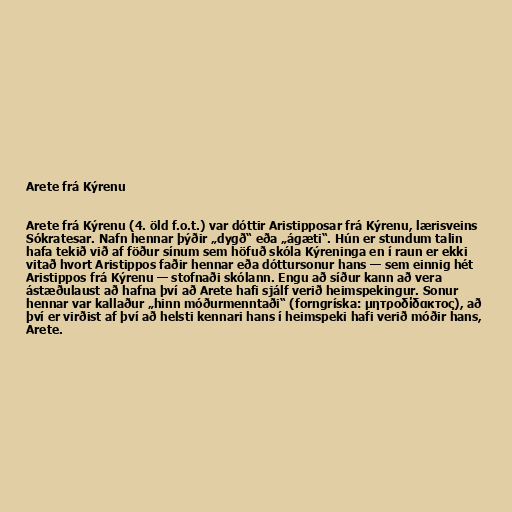
Arete frá Kýrenu

Arete frá Kýrenu (4. öld f.o.t.) var dóttir Aristipposar frá Kýrenu, lærisveins
Sókratesar. Nafn hennar þýðir „dygð“ eða „ágæti“. Hún er stundum talin
hafa tekið við af föður sínum sem höfuð skóla Kýreninga en í raun er ekki
vitað hvort Aristippos faðir hennar eða dóttursonur hans — sem einnig hét
Aristippos frá Kýrenu — stofnaði skólann. Engu að síður kann að vera
ástæðulaust að hafna því að Arete hafi sjálf verið heimspekingur. Sonur
hennar var kallaður „hinn móðurmenntaði“ (forngríska: μητροδίδακτος), að
því er virðist af því að helsti kennari hans í heimspeki hafi verið móðir hans,
Arete.